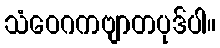
သံဝေဂကဗျာတပုဒ်ပါ။